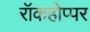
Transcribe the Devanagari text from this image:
रॉकहोप्पर